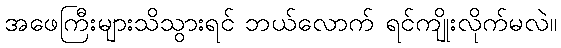
အဖေကြီးများသိသွားရင် ဘယ်လောက် ရင်ကျိုးလိုက်မလဲ။